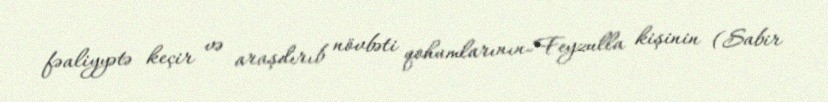
fəaliyyətə keçir və araşdırıb növbəti qohumlarının-Feyzulla kişinin (Sabir